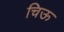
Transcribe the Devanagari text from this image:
चिऊ